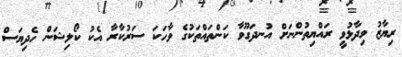
ރިޔާޒު ވިދާޅުވީ ރައްޔިތުންނަށް އުނދަގޫވާ ކަންތައްތަކުގެ ވާހަކަ ސަރުކާރާ އެކު ކޯލިޝަން ހެދިޔަސް